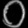
Digit: ၀